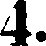
4.